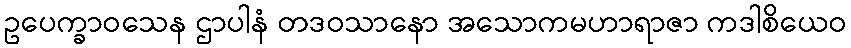
ဥပေက္ခာဝသေန ဌာပါနံ တဒဝသာနော အသောကမဟာရာဇာ ကဒါစိယေဝ